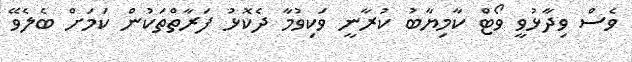
ވެސް ވިދާޅުވީ ވޯޓް ކާމިޔާބު ކުރާނީ ވަކިވުމާ ދެކޮޅު ފަރާތްތަކުން ކަމަށް ބެލެވޭ